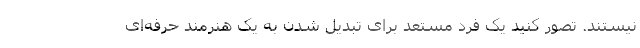
نیستند. تصور کنید یک فرد مستعد برای تبدیل شدن به یک هنرمند حرفه‌ای